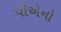
પીએનો